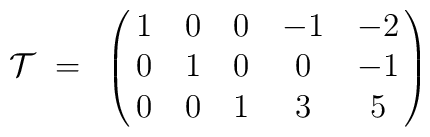
{\cal T}~=~\pmatrix{1&0&0&-1&-2\cr 0&1&0&0&-1\cr 0&0&1&3&5}